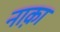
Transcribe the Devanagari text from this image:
नाक़ा